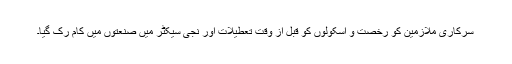
سرکاری ملازمین کو رخصت و اسکولوں کو قبل از وقت تعطیلات اور نجی سیکٹر میں صنعتوں میں کام رک گیا۔